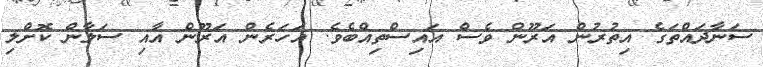
ސަނާދައްތަގެ އިތުރުން އަރޫން ވެސް އައިސްތިއްބެވެ. އަހަރެން އަރޫން އާއި ސަލާން ކޮށްލި